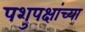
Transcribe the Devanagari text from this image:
पशुपक्षांच्या